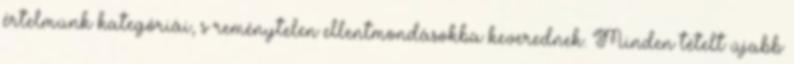
értelmünk kategóriái, s reménytelen ellentmondásokba keverednek. Minden tételt újabb